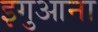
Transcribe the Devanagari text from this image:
इगुआना